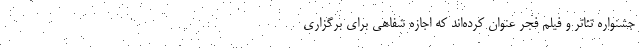
جشنواره تئاتر و فیلم فجر عنوان کرده‌اند که اجازه شفاهی برای برگزاری